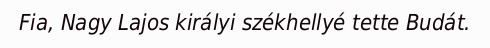
Fia, Nagy Lajos királyi székhellyé tette Budát.